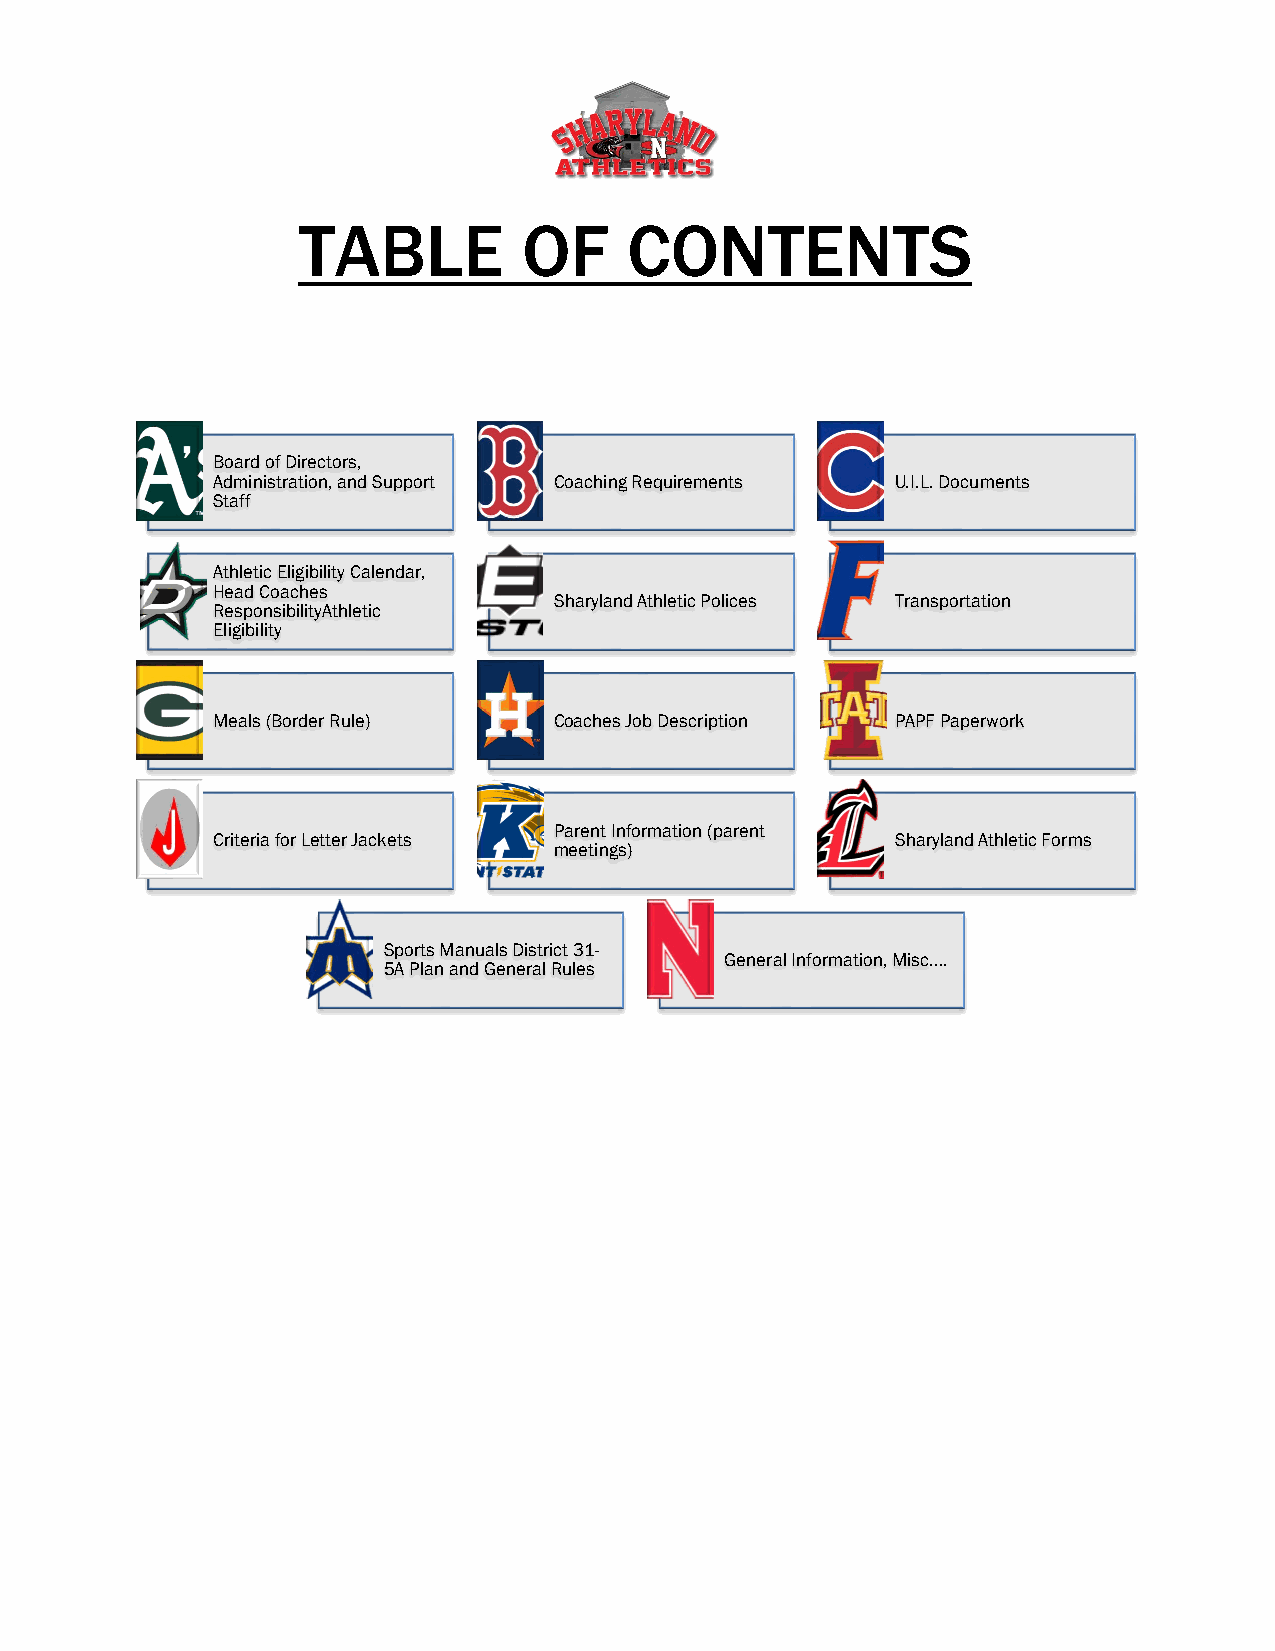
TABLE          OF     CONTENTS
 Board of Directors,
 Administration, and Support Coaching Requirements U.I.L. Documents
 Staff
 Athletic Eligibility Calendar,
 Head Coaches
 Sharyland Athletic Polices Transportation
 ResponsibilityAthletic
 Eligibility
 Meals (Border Rule)    Coaches Job Description PAPF Paperwork
 Parent Information (parent
 Criteria for Letter Jackets                  Sharyland Athletic Forms
 meetings)
 Sports Manuals District 31-
 General Information, Misc….
 5A Plan and General Rules